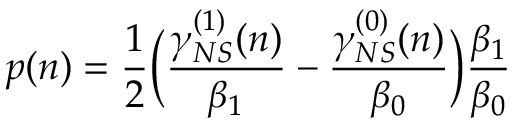
p ( n ) = \frac { 1 } { 2 } \bigg ( \frac { \gamma _ { N S } ^ { ( 1 ) } ( n ) } { \beta _ { 1 } } - \frac { \gamma _ { N S } ^ { ( 0 ) } ( n ) } { \beta _ { 0 } } \bigg ) \frac { \beta _ { 1 } } { \beta _ { 0 } }